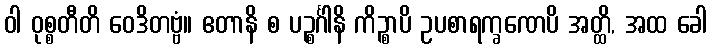
ဝါ ဝုစ္စတီတိ ဝေဒိတဗ္ဗံ။ ဧတာနိ စ ပဉ္စင်္ဂါနိ ကိဉ္စာပိ ဥပစာရက္ခဏေပိ အတ္ထိ, အထ ခေါ